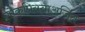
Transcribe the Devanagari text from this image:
लोकप्रियताअर्जित